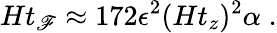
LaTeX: Ht_{\mathscr{F}}\approx172\epsilon^{2}(Ht_{z})^{2}\alpha\; .